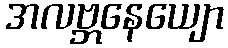
အလဗ္ဘနေယျော